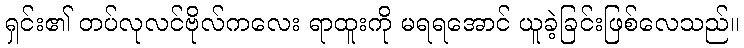
ရှင်း၏ တပ်လုလင်ဗိုလ်ကလေး ရာထူးကို မရရအောင် ယူခဲ့ခြင်းဖြစ်လေသည်။